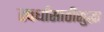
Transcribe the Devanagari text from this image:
स्पर्धांसाठीसुद्धा